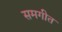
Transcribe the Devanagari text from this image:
समगीत